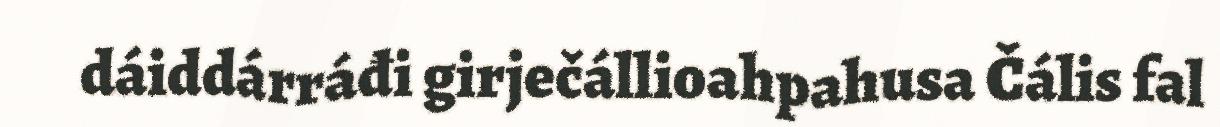
dáiddárráđi girječállioahpahusa Čális fal